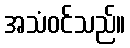
အသံဝင်သည်။